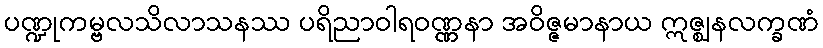
ပဏ္ဍုကမ္ဗလသိလာသနဿ ပရိညာဝါရဝဏ္ဏနာ အဝိဇ္ဇမာနာယ ဣဇ္ဈနလက္ခဏံ